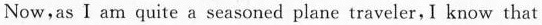
Now,as I am quite a seasoned plane traveler, I know that